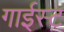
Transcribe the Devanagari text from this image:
गाईस्ट